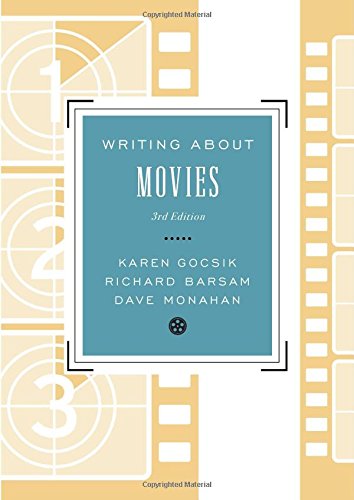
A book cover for Writing About Movies (Third Edition); Karen Gocsik; Humor & Entertainment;